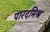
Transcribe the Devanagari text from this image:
पारदमिश्र